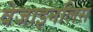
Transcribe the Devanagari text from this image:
वेजाइनलिस